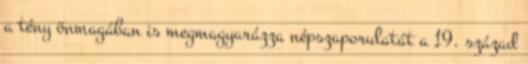
a tény önmagában is megmagyarázza népszaporulatát a 19. század